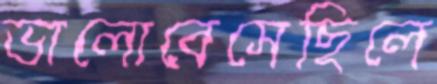
ভালোবেসেছিলে